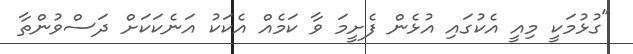
"ގުޅުމަކީ މިއީ އެކުގައި އުޅެން ފެށީމަ ވާ ކަމެއް އެކަަކު އަނެކަކަށް ދަސްވުންތާ